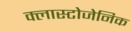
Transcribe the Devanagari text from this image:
क्लास्टोजेनिक